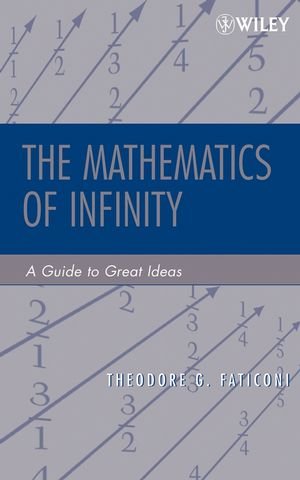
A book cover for The Mathematics of Infinity: A Guide to Great Ideas (Pure and Applied Mathematics: A Wiley Series of Texts, Monographs and Tracts); Theodore G. Faticoni; Science & Math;